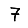
Digit: 7